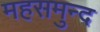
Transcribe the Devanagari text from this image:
महसमुन्द